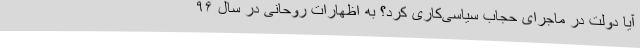
آیا دولت در ماجرای حجاب سیاسی‌کاری کرد؟ به اظهارات روحانی در سال ۹۶